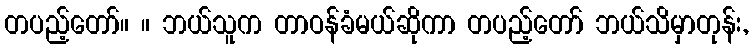
တပည့်တော်။ ။ ဘယ်သူက တာဝန်ခံမယ်ဆိုကာ တပည့်တော် ဘယ်သိမှာတုန်း,